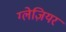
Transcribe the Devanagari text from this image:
ग्लेज़ियर